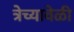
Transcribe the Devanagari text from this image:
त्रेच्यावेळी